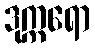
ဒုက္ကရော